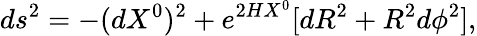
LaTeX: ds^{2}=-(dX^{0})^{2}+e^{2HX^{0}}[dR^{2}+R^{2}d\phi^{2}],